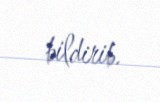
bildirib.